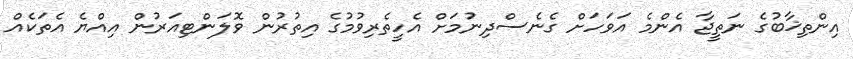
އިންތިޚާބުގެ ނަތީޖާ އެންމެ އަވަހަށް ގެނެސްދިނުމަށް އެހީތެރިވުމުގެ އިތުރުން ވޮލަންޓިއަރުން އިއްޔެ އެތަކެއް